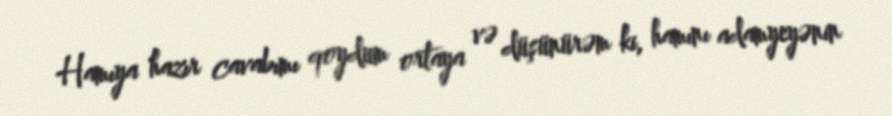
Hamıya hazır cavabımı qoydum ortaya və düşünürəm ki, hamını adamyeyənin